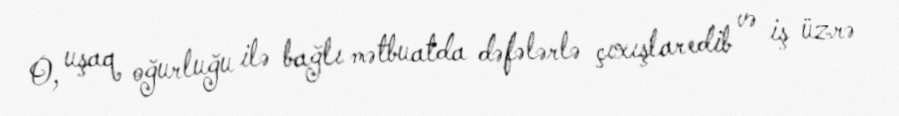
O, uşaq oğurluğu ilə bağlı mətbuatda dəfələrlə çıxışlar edib və iş üzrə